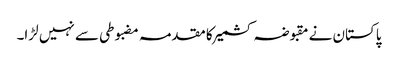
پاکستان نے مقبوضہ کشمیر کا مقدمہ مضبوطی سے نہیں لڑا۔